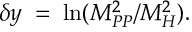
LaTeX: \delta y \; = \; \ln ( M _ { P P } ^ { 2 } / M _ { H } ^ { 2 } ) .